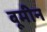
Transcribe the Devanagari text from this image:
बूमीन